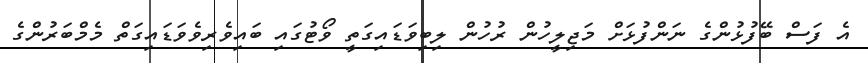
އެ ފަސް ބޭފުޅުންގެ ނަންފުޅަށް މަޖިލީހުން ރުހުން ލިބިވަޑައިގަތީ ވޯޓުގައި ބައިވެރިވެވަޑައިގަތް މެމްބަރުންގެ